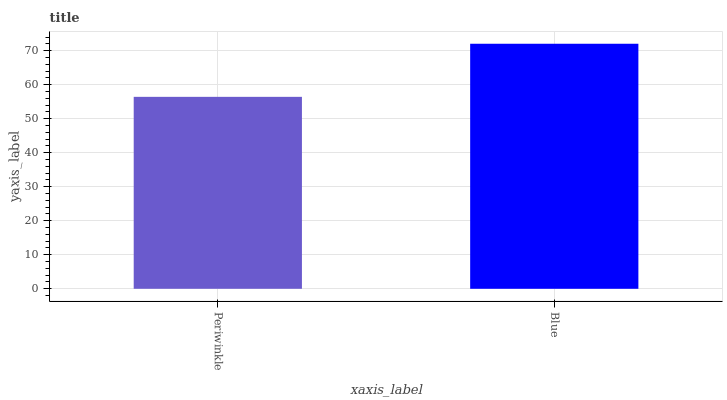
| xaxis_label | bars |
 | --- | --- |
 | Periwinkle | 56.4 |
 | Blue | 72 |